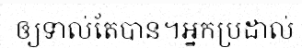
ឲ្យទាល់តែបាន។អ្នកប្រដាល់